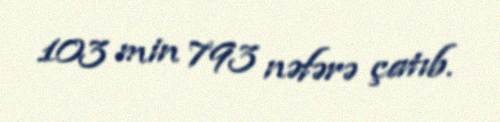
103 min 793 nəfərə çatıb.